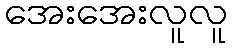
အေးအေးလူလူ